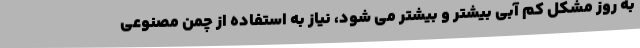
به روز مشکل کم آبی بیشتر و بیشتر می شود، نیاز به استفاده از چمن مصنوعی